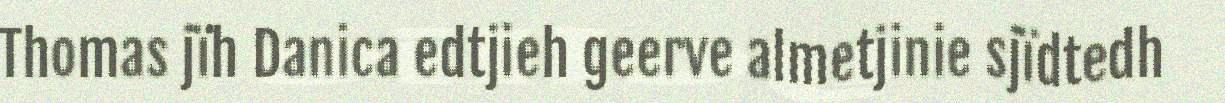
Thomas jïh Danica edtjieh geerve almetjinie sjïdtedh